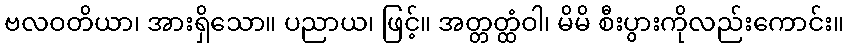
ဗလဝတိယာ၊ အားရှိသော။ ပညာယ၊ ဖြင့်။ အတ္တတ္ထံဝါ၊ မိမိ စီးပွားကိုလည်းကောင်း။